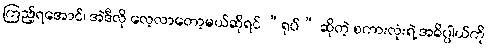
ကြည့်ရအောင်၊ အဲဒီလို လေ့လာတော့မယ်ဆိုရင် “ရုပ်” ဆိုတဲ့ စကားလုံးရဲ့ အဓိပ္ပါယ်ကို